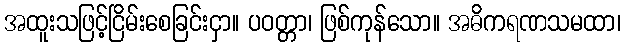
အထူးသဖြင့်ငြိမ်းစေခြင်းငှာ။ ပဝတ္တာ၊ ဖြစ်ကုန်သော။ အဓိကရဏသမထာ၊